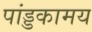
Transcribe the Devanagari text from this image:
पांड्डकामय